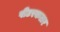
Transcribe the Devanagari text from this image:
पीटरकलर